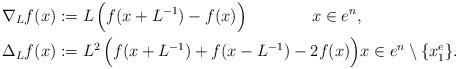
LaTeX: \begin{align*}\nabla_Lf(x)& :=L\,\Big(f(x+L^{-1})-f(x)\Big) \qquad\qquad x\in e^n,\\\Delta_Lf(x)&:= L^2\,\Big(f(x+L^{-1})+f(x-L^{-1})-2f(x)\Big) x\in e^n\setminus\{x^e_1\}. \end{align*}